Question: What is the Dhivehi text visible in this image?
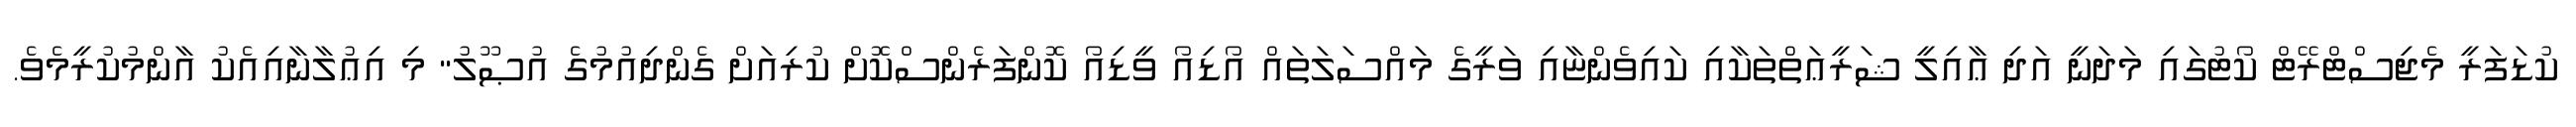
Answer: ކުޑަފަރީ މެޖިސްޓްރޭޓް ކޯޓުގައި މަދަނީ އަދި ޢާއިލީ ޝަރީޢަތްތަކާއި ކައިވެންޏާއި ވަރީގެ މައްސަލަތައް އޯޑިއޯ ވީޑިއޯ ކޮންފަރެންސްކޮށް ކުރިއަށް ގެންދިއުމުގެ އުޞޫލު" މި އިޢުލާނާއިއެކު އާންމުކުރީމެވެ.